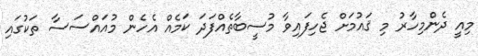
މިއީ ދެންމިހާރު މި ޤައުމަށް ޖެހިފައިވާ މުސީބާތެއްފަދަ ކަމެއް އެހެން މުއައްސަސާ ތަކުގައި